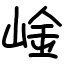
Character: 崯